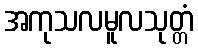
အကုသလမူလသုတ္တံ